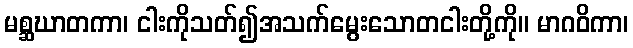
မစ္ဆဃာတကာ၊ ငါးကိုသတ်၍အသက်မွေးသောတငါးတို့ကို။ မာဂဝိကာ၊